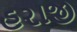
હરાજી